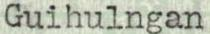
Guihulngan